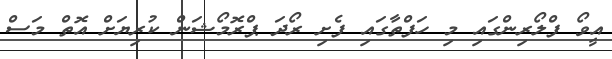
އީވޯ ފްލޯރިންގައި މި ހަފްތާގައި ފެށި ރޯދަ ޕްރޮމޯޝަން ކުރިޔަށް އޮތް މަސް